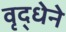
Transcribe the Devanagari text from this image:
वृद्धेने